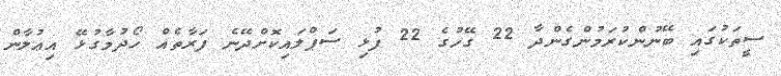
ސީތަކުގައި ބޭނުންކުރަމުންގެންދާ 22 ގޭހުގެ 22 ފުޅި ސަޕްލައިކޮށްދޭނެ ފަރާތެއް ހޯދުމާގުޅޭ އިޢުލާން